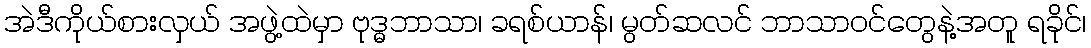
အဲဒီကိုယ်စားလှယ် အဖွဲ့ထဲမှာ ဗုဒ္ဓဘာသာ၊ ခရစ်ယာန်၊ မွတ်ဆလင် ဘာသာဝင်တွေနဲ့အတူ ရခိုင်၊